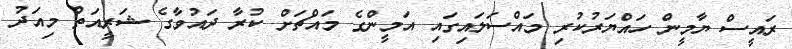
ރައީސް ޔާމީން ހައްޔަރުކުރި މައްސަލައިގައި އަމީންގެ މައްޗަށް ކުރާ ދައުވާގެ ޝަރީއަތް މިއަދު